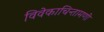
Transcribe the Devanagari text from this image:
विवेकाचिन्तामणी